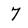
Character: 7